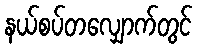
နယ်စပ်တလျှောက်တွင်